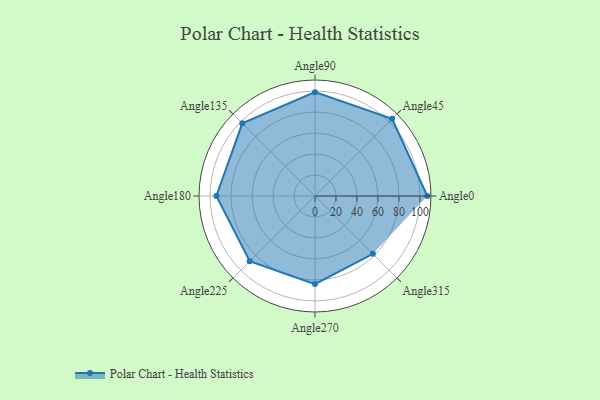
{"axis": {"x": "Angle", "y": "Radius"}, "legend": [""], "data": [{"x": "Angle0", "y": 107.0, "type": ""}, {"x": "Angle45", "y": 104.0, "type": ""}, {"x": "Angle90", "y": 99.0, "type": ""}, {"x": "Angle135", "y": 98.0, "type": ""}, {"x": "Angle180", "y": 94.0, "type": ""}, {"x": "Angle225", "y": 88.0, "type": ""}, {"x": "Angle270", "y": 84.0, "type": ""}, {"x": "Angle315", "y": 78.0, "type": ""}]}